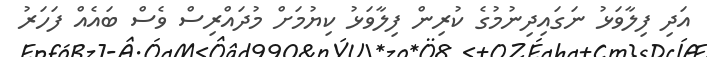
އަދި ފިލާވަޅު ނަގައިދިނުމުގެ ކުރިން ފިލާވަޅު ކިޔުމަށް މުދައްރިސް ވެސް ބައެއް ފަހަރު